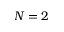
N = 2